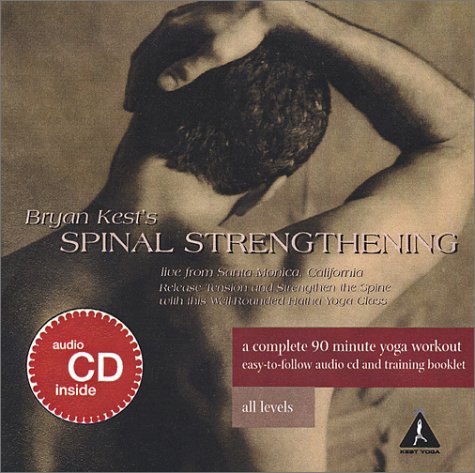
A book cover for Bryan Kest: Spinal Strengthening (CD & Booklet); Bryan Kest; Health, Fitness & Dieting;